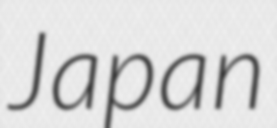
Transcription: Japan